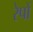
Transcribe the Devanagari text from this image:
रेपों